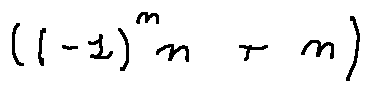
( ( - 1 ) ^ { n } n + n )